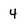
Character: 4